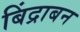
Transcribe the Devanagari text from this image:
बिंद्राबन